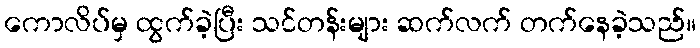
ကောလိပ်မှ ထွက်ခဲ့ပြီး သင်တန်းများ ဆက်လက် တက်နေခဲ့သည်။